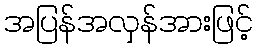
အပြန်အလှန်အားဖြင့်